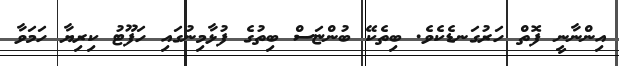
އިންނާނީ ފޮތް ހަރުގަނޑެކެވެ. ބިތެކޭ ބުންޏަސް ބިތުގެ ފުޅާމިނުގައި ހަފޫޓު ކިރިޔާ ހަމަވާ